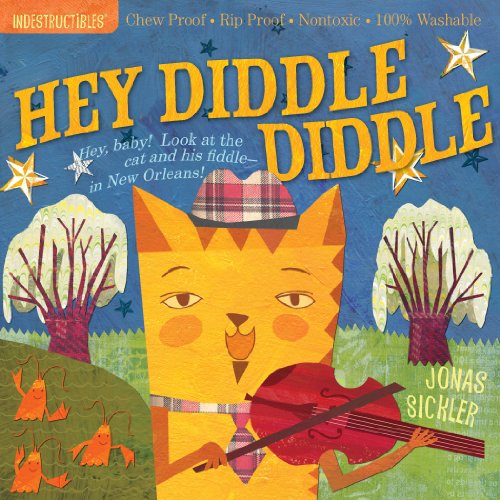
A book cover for Indestructibles: Hey Diddle Diddle; Children's Books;